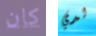
كان لدي